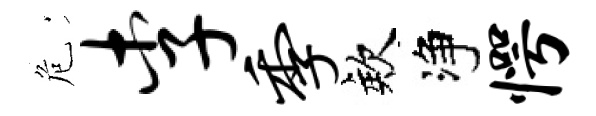
危李季欸净愕